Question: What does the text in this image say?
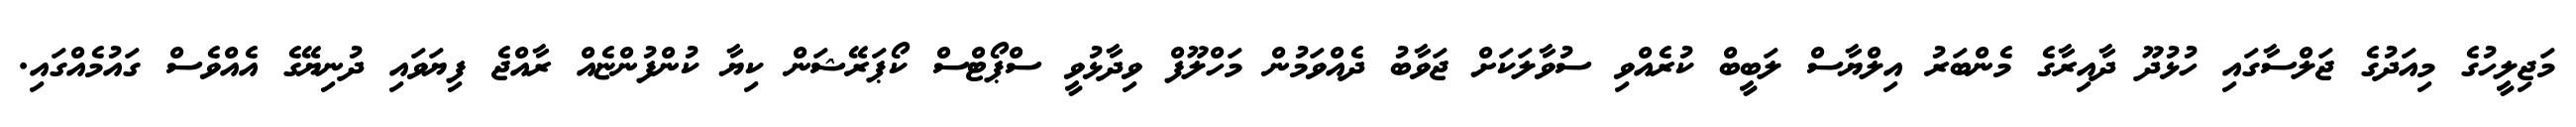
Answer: މަޖިލީހުގެ މިއަދުގެ ޖަލްސާގައި ހުޅުދޫ ދާއިރާގެ މެންބަރު އިލްޔާސް ލަބީބް ކުރެއްވި ސުވާލަކަށް ޖަވާބު ދެއްވަމުން މަހްލޫފް ވިދާޅުވީ ސްޕޯޓްސް ކޯޕަރޭޝަން ކިޔާ ކުންފުންޏެއް ރާއްޖެ ފިޔަވައި ދުނިޔޭގެ އެއްވެސް ގައުމެއްގައި.